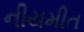
નીયમીત